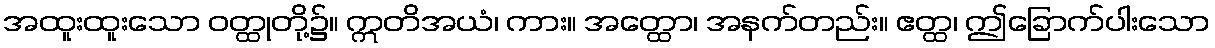
အထူးထူးသော ဝတ္ထုတို့၌။ ဣတိအယံ၊ ကား။ အတ္ထော၊ အနက်တည်း။ ဧတ္ထ၊ ဤခြောက်ပါးသော